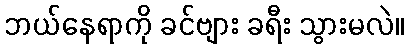
ဘယ်နေရာကို ခင်ဗျား ခရီး သွားမလဲ။